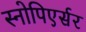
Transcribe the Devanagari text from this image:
स्नोपिएर्सर